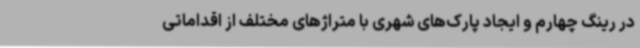
در رینگ چهارم و ایجاد پارک‌های شهری با متراژهای مختلف از اقداماتی